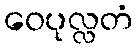
ဝေပုလ္လတံ